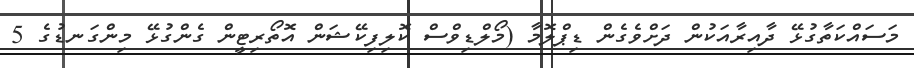
މަސައްކަތާގުޅޭ ދާއިރާއަކުން ދަށްވެގެން ޑިޕްލޮމާ (މޯލްޑިވްސް ކޮލިފިކޭޝަން އޮތޯރިޓީން ގެންގުޅޭ މިންގަނޑުގެ 5